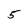
Character: 5